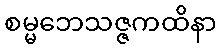
စမ္မဘေသဇ္ဇကထိနာ